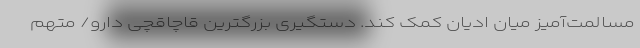
مسالمت‌آمیز میان ادیان کمک کند. دستگیری بزرگترین قاچاقچی دارو/ متهم